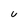
Character: u